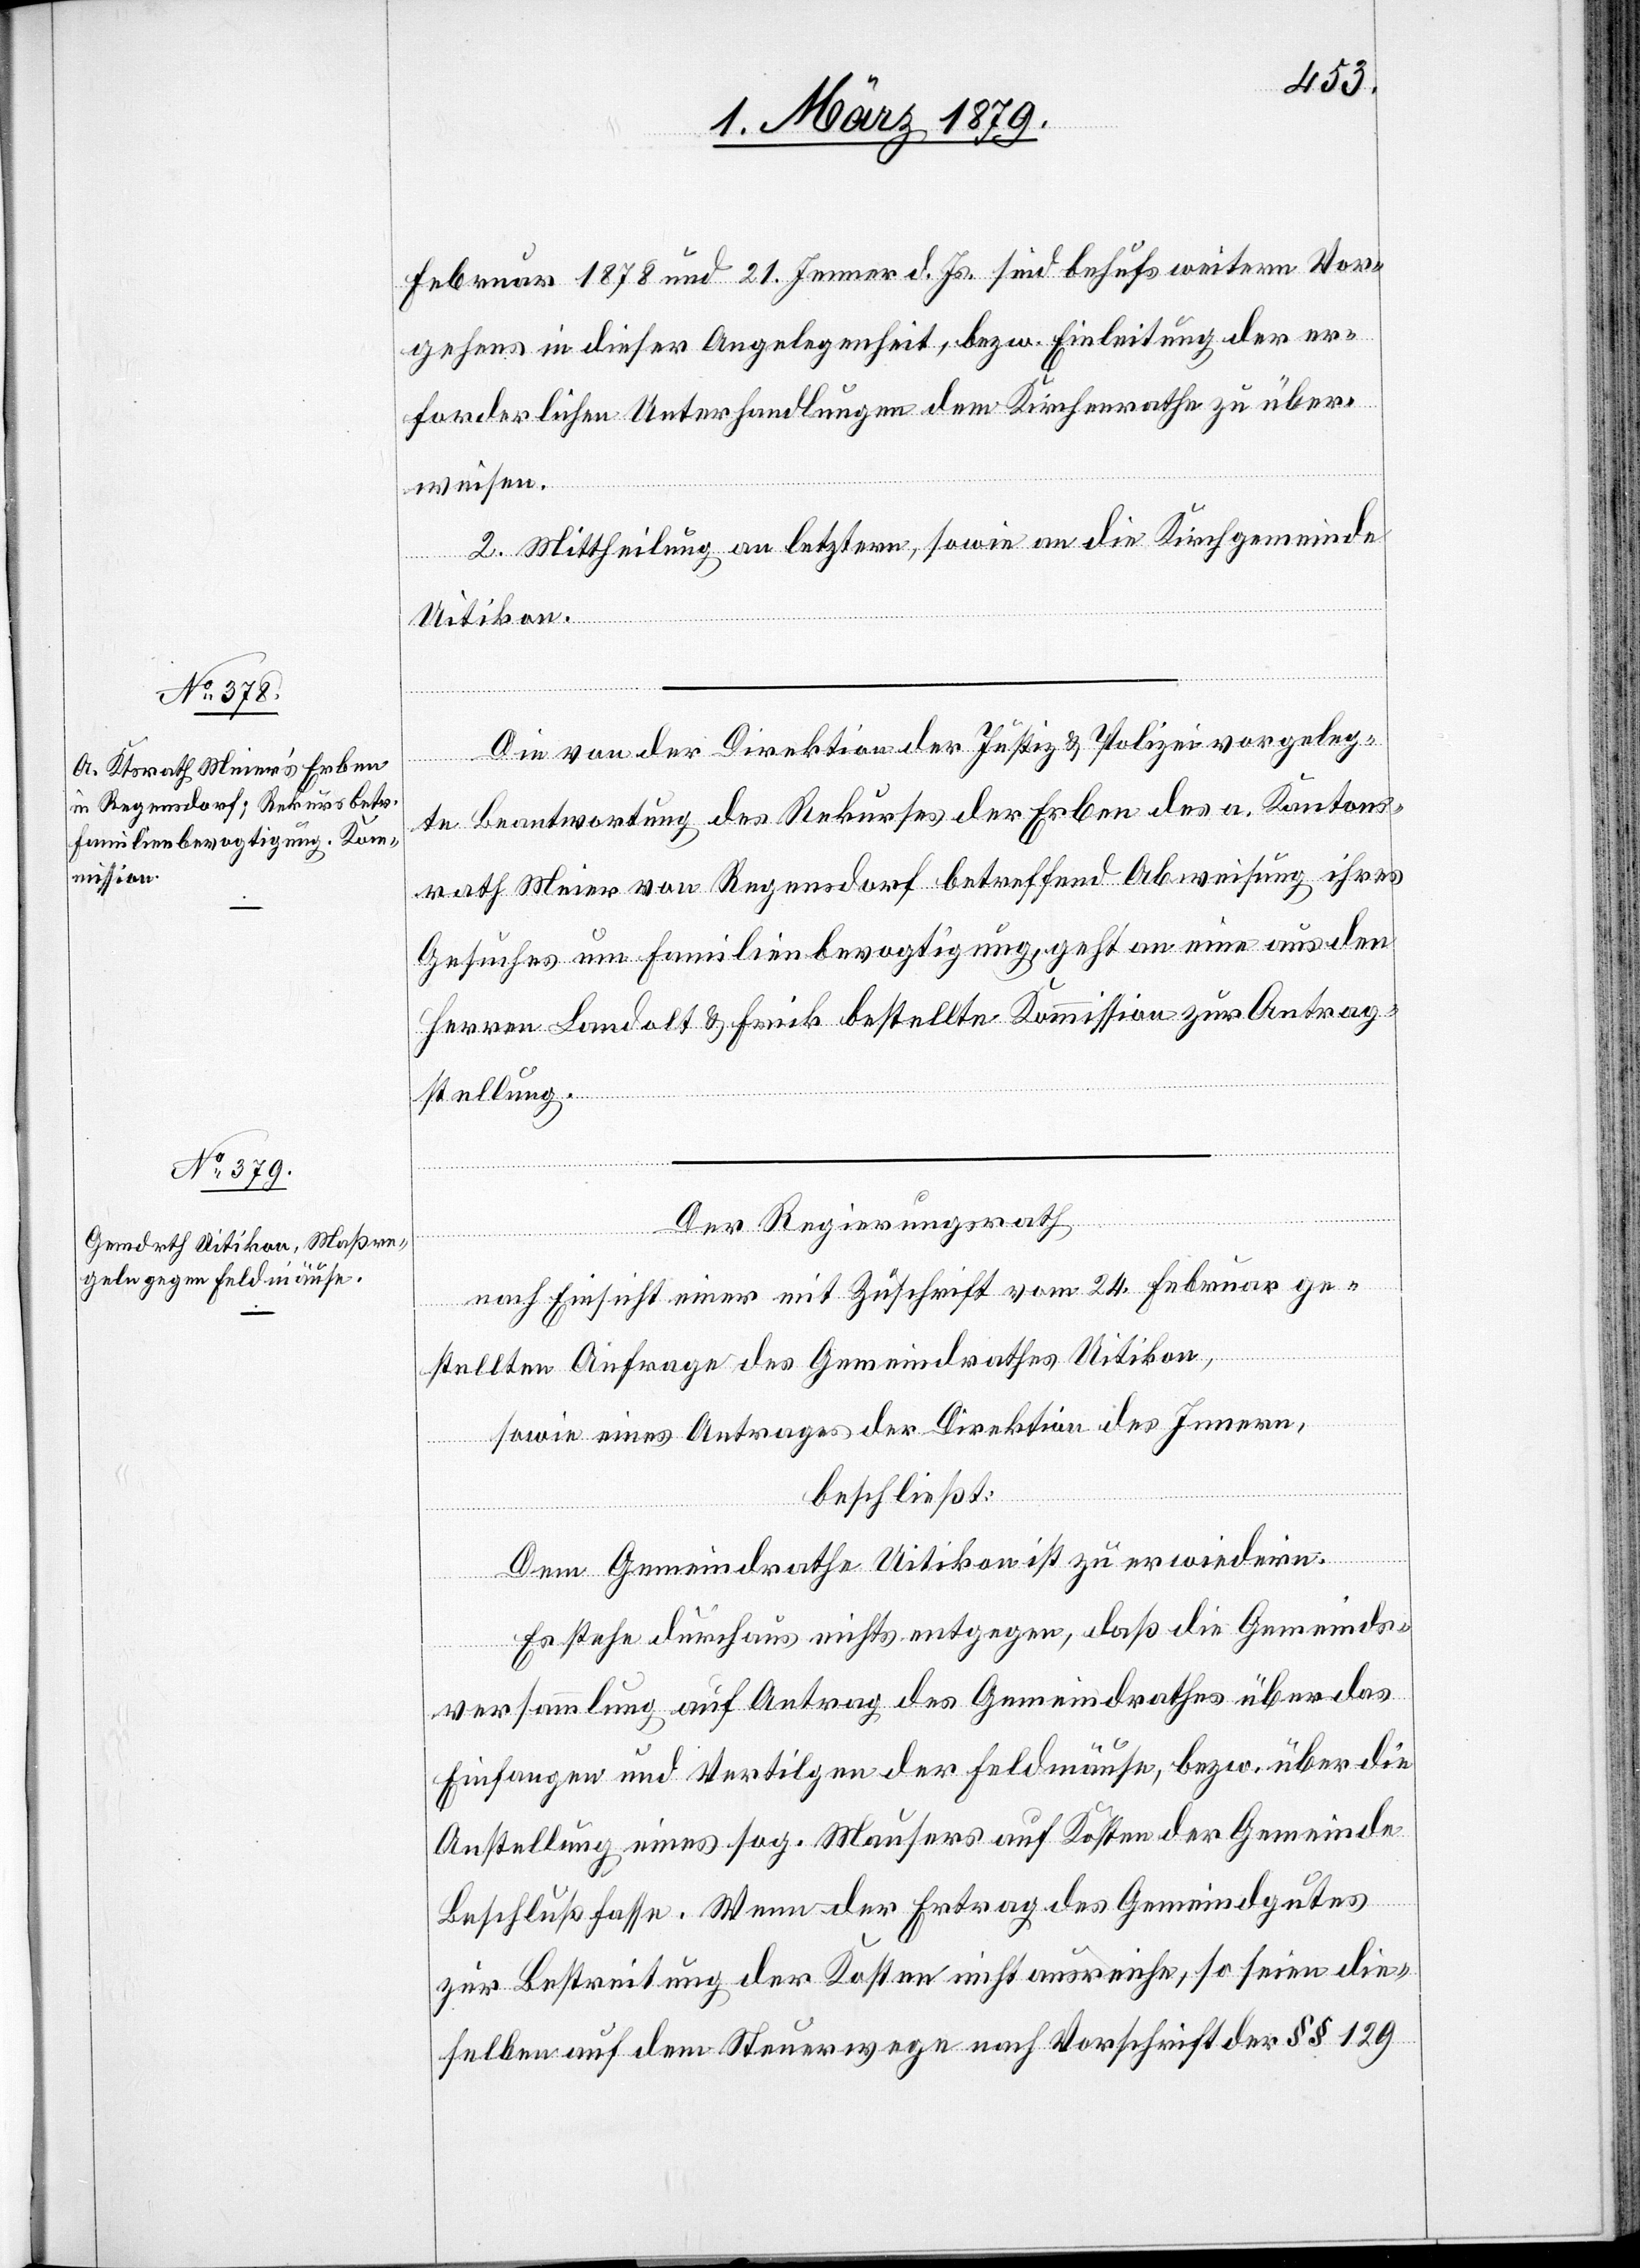
Februar 1878 und 21. Jenner d. Js. sind behufs weitern Vor¬
gehens in dieser Angelegenheit, bezw. Einleitung der er¬
forderlichen Unterhandlungen dem Kirchenrathe zu über¬
weisen.
2. Mittheilung an letztern, sowie an die Kirchgemeinde
Uitikon.
Die von der Direktion der Justiz & Polizei vorgeleg¬
te Beantwortung des Rekurses der Erben des a. Kantons¬
rath Meier von Regensdorf betreffend Abweisung ihres
Gesuches um Familienbevogtigung, geht an eine aus den
Herren Landolt & Frick bestellte Kommission zur Antrag¬
stellung.
Der Regierungsrath,
nach Einsicht einer mit Zuschrift vom 24. Februar ge¬
stellten Anfrage des Gemeindrathes Uitikon,
sowie eines Antrages der Direktion des Innern,
beschließt:
Dem Gemeindrathe Uitikon zu erwiedern:
Es stehe durchaus nichts entgegen, daß die Gemeinds¬
versammlung auf Antrag des Gemeindrathes über das
Einfangen und Vertilgen der Feldmäuse, bezw. über die
Anstellung eines sog. Mausers auf Kosten der Gemeinde
Beschluß fasse. Wenn der Ertrag des Gemeindgutes
zur Bestreitung der Kosten nicht ausreiche, so seien die¬
selben auf dem Steuerwege nach Vorschrift der §§ 129